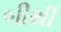
બીથી